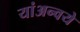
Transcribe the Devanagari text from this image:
यांअन्वये